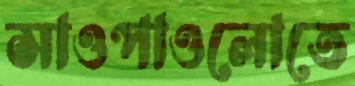
সাওপাওলোতে